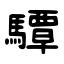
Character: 驔